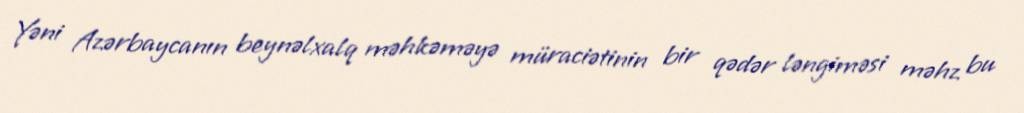
Yəni Azərbaycanın beynəlxalq məhkəməyə müraciətinin bir qədər ləngiməsi məhz bu